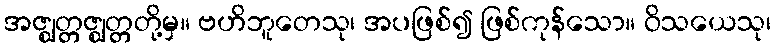
အဇ္ဈတ္တဇ္ဈတ္တတို့မှ။ ဗဟိဘူတေသု၊ အပဖြစ်၍ ဖြစ်ကုန်သော။ ဝိသယေသု၊